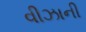
વીઝાની